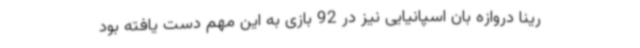
رینا دروازه بان اسپانیایی نیز در 92 بازی به این مهم دست یافته بود